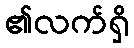
၏လက်ရှိ